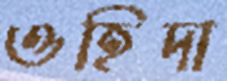
ওহিদা